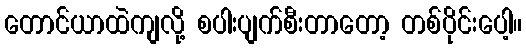
တောင်ယာထဲကျလို့ စပါးပျက်စီးတာတော့ တစ်ပိုင်းပေါ့။